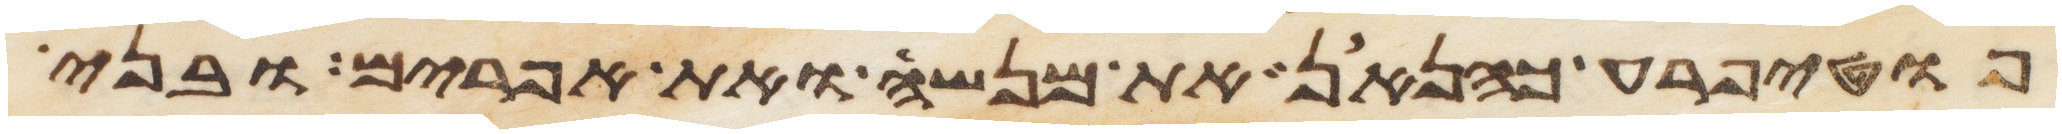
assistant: פוטיפרע כהנאן את מנשה ואת אפרים ובני